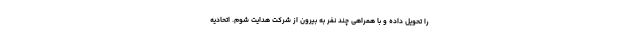
را تحویل داده و با همراهی چند نفر به بیرون از شرکت هدایت شوم. اتحادیه